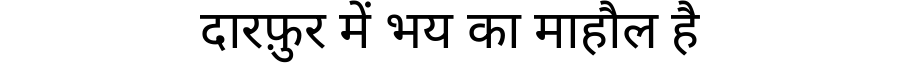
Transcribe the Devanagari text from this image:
दारफ़ुर में भय का माहौल है